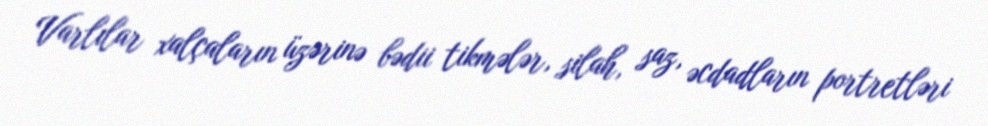
Varlılar xalçaların üzərinə bədii tikmələr, silah, saz, əcdadların portretləri